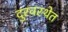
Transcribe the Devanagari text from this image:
दुरवस्थेत